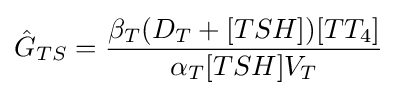
{\hat {G}}_{TS}={\frac {\beta _{T}(D_{T}+[TSH])[TT_{4}]}{\alpha _{T}[TSH]{V}_{T}}}